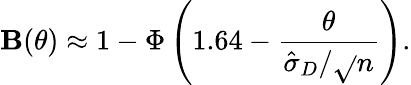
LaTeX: \mathbf{B}(\theta)\approx1-\Phi\left(1.64-{\frac{{\theta}}{{{\hat{{\sigma}}}_{D}/{\sqrt{}{{n}}}}}}\right).